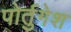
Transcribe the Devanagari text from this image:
पोर्तुगेश